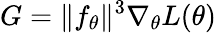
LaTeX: G=\| f_{\theta}\| ^{3}\nabla_{\theta}L(\theta)